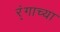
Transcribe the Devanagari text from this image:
र्ंगाच्या